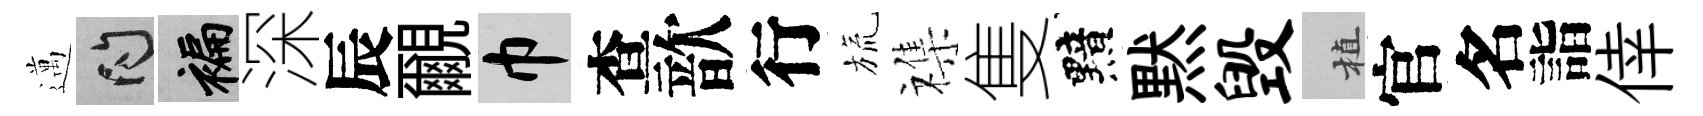
邁問褊深辰覼巾查歆行旒襍隻黯黙毁植官名詣倖